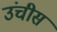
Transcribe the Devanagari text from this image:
उंचीस